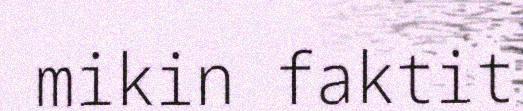
mikin faktit